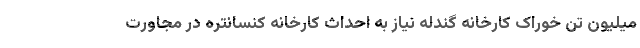
میلیون تن خوراک کارخانه گندله نیاز به احداث کارخانه کنسانتره در مجاورت